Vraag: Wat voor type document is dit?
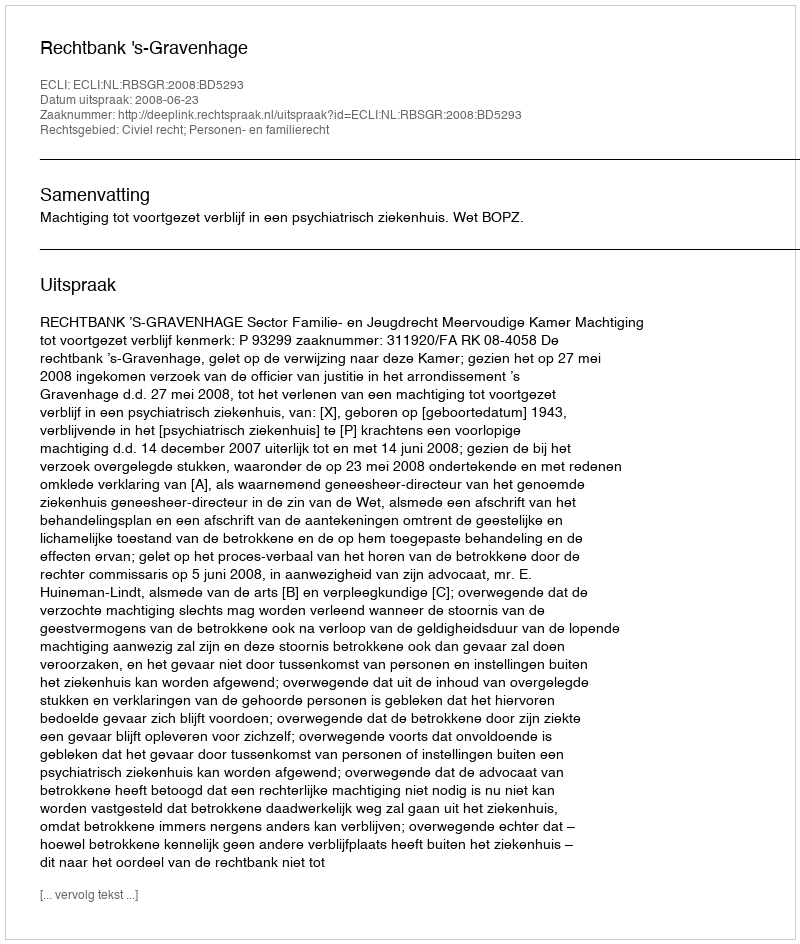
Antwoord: Uitspraak